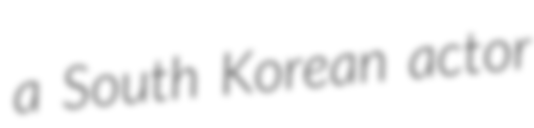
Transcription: a South Korean actor